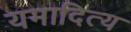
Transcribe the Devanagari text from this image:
यमादित्य